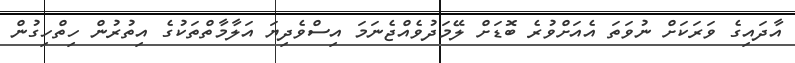
އާދައިގެ ވަރަކަށް ނުވަތަ އެއަށްވުރެ ބޮޑަށް ލޭމަދުވެއްޖެނަމަ އިސްވެދިޔަ އަލާމާތްތަކުގެ އިތުރުން ހިތްހިގުން